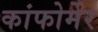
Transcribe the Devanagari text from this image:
कांफोर्मेर